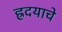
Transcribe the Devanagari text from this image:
ह्रदयाचे